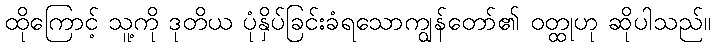
ထိုကြောင့် သူ့ကို ဒုတိယ ပုံနှိပ်ခြင်းခံရသောကျွန်တော်၏ ဝတ္ထုဟု ဆိုပါသည်။